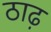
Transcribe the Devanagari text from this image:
ठाढ़